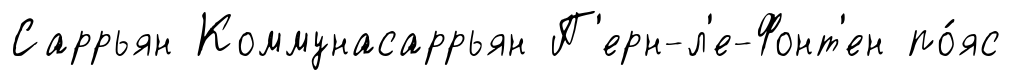
Саррьян Коммунасаррьян П'ерн-л'е-Фонт'ен по́яс